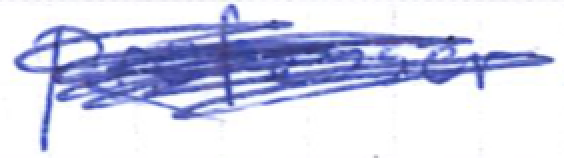
Text: professor
Cross-out: scratch
Writing tool: ballpoint